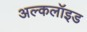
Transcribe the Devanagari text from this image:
अल्कलॉइड